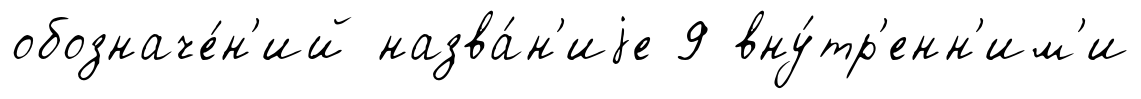
обозначе́н'ий назва́н'иjе 9 вну́тр'енн'им'и